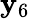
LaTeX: \mathbf{y}_{6}